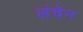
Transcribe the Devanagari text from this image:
लंचेन